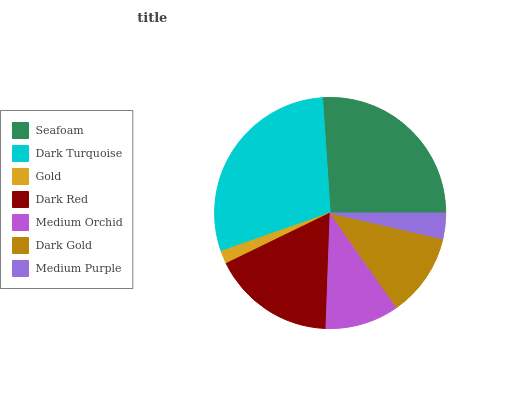
| Seafoam | Dark Turquoise | Gold | Dark Red | Medium Orchid | Dark Gold | Medium Purple |
 | --- | --- | --- | --- | --- | --- | --- |
 | 26.1% | 29.3% | 1.81% | 17.2% | 10.3% | 11.7% | 3.6% |